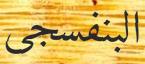
البنفسجى